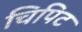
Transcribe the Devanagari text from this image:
चिपिट